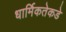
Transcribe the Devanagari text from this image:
धार्मिकतेकडे